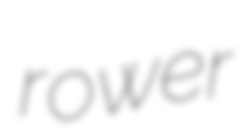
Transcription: rower